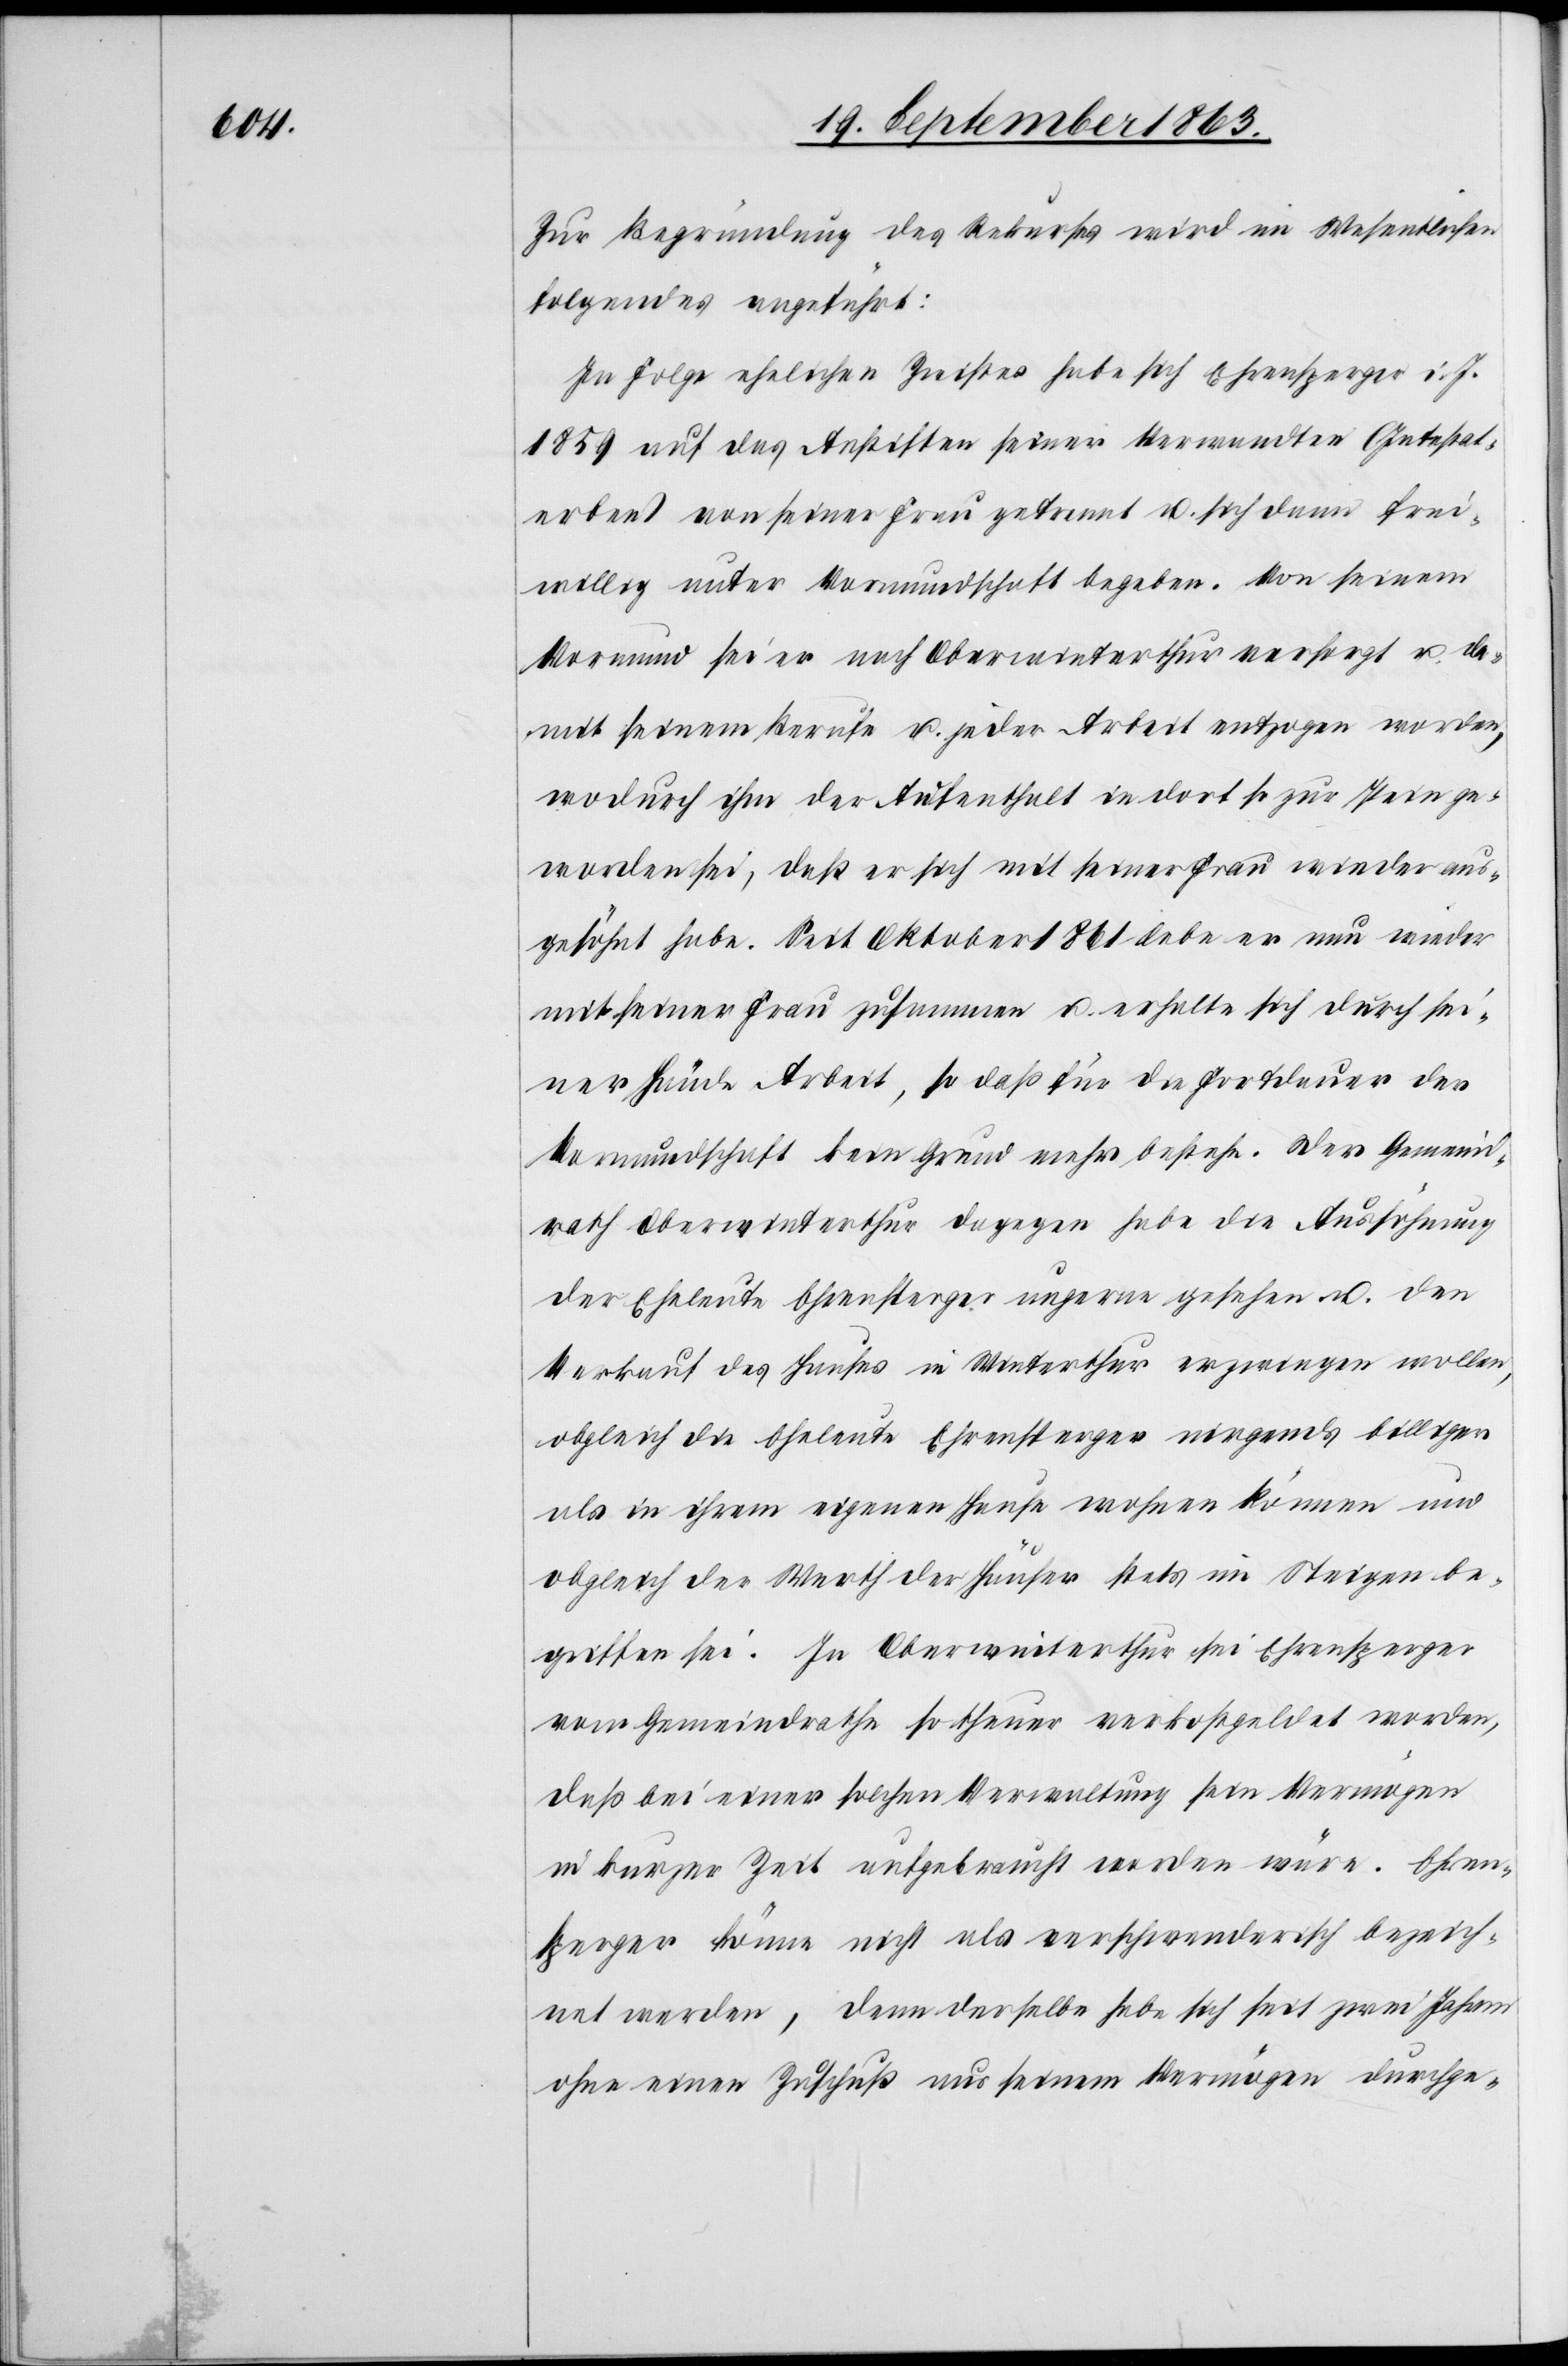
Zur Begründung des Rekurses wird im Wesentlichen
folgendes angeführt:
In Folge ehelichen Zwistes habe sich Ehrensperger i. J.
1859 auf das Anstiften seiner Verwandten (Intestat¬
erben) von seiner Frau getrennt u. sich dann frei¬
willig unter Vormundschaft begeben. Von seinem
Vormund sei er nach Oberwinterthur versorgt u. da¬
mit seinem Berufe u. jeder Arbeit entzogen worden,
wodurch ihn der Aufenthalt in dort so zur Pein ge¬
worden sei, daß er sich mit seiner Frau wieder aus¬
gesöhnt habe. Seit Oktober 1861 lebe er nun wieder
mit seiner Frau zusammen u. erhalte sich durch sei¬
ner Hände Arbeit, so daß für die Fortdauer der
Vormundschaft kein Grund mehr bestehe. Der Gemeind¬
rath Oberwinterthur dagegen habe die Aussöhnung
der Eheleute Ehrensperger ungerne gesehen u. den
Verkauf des Hauses in Winterthur erzwingen wollen,
obgleich die Eheleute Ehrensperger nirgends billiger
als in ihrem eigenen Hause wohnen können und
obgleich der Werth der Häuser stets im Steigen be¬
griffen sei. In Oberwinterthur sei Ehrensperger
vom Gemeindrathe so theuer verkostgeldet worden,
daß bei einer solchen Verwaltung sein Vermögen
in kurzer Zeit aufgebraucht worden wäre. Ehrens¬
perger könne nicht als verschwenderisch bezeich¬
net werden, denn derselbe habe sich seit zwei Jahren
ohne einen Zuschuß aus seinem Vermögen durchge-